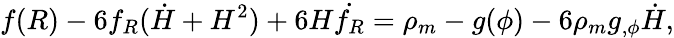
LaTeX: f(R)-6f_{R}(\dot{H}+H^{2})+6H\dot{f_{R}}=\rho_{m}-g(\phi)-6\rho_{m}g_{,\phi}\dot{H},